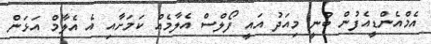
އެމްއެންޑީއެފުން ބުނީ މިއަދު އައީ ފޯލްސް އެލާމެއް ކަމަށާއި އެ އެލާމް އަޅަން